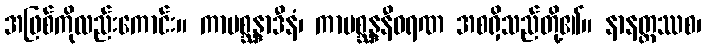
အဖြစ်ကိုလည်းကောင်း။ ကာမစ္ဆန္ဒာဒီနံ၊ ကာမစ္ဆန္ဒနီဝရဏ အစရှိသည်တို့၏။ နာနတ္တဿစ၊